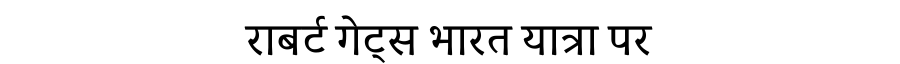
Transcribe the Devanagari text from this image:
राबर्ट गेट्स भारत यात्रा पर